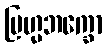
ဗြဟ္မဘက္ခော